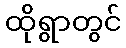
ထိုရွာတွင်